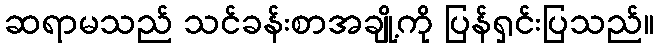
ဆရာမသည် သင်ခန်းစာအချို့ကို ပြန်ရှင်းပြသည်။